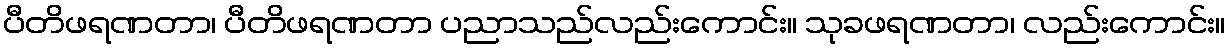
ပီတိဖရဏတာ၊ ပီတိဖရဏတာ ပညာသည်လည်းကောင်း။ သုခဖရဏတာ၊ လည်းကောင်း။